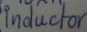
Text: Inductor